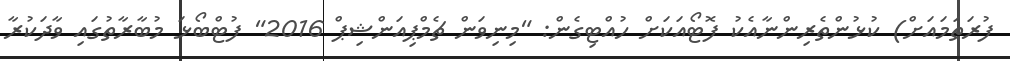
ފުރަތަމައަށް) ކުޅުންތެރިންނާއެކު ފޮޓޯއަކަށް ހުއްޓިގެން: "މިނިވަން ޗެމްޕިއަންޝިޕް 2016" ފުޓްބޯޅަ މުބާރާތުގައި ވާދަކުރާ